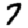
Digit: 7